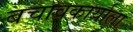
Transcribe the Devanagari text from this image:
बचावकार्याला